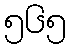
၅၆၅